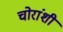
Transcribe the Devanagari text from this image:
चोरांशी